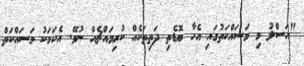
"އަސްލު މި މަސައްކަތުގައި އެހާ ބޮޑެތި ދަތިތަކެއް ކުރިމައްޗެއް ނުވޭ. އެކަމަކު މަސައްކަތް